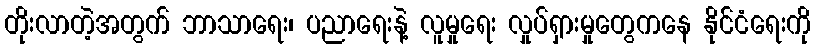
တိုးလာတဲ့အတွက် ဘာသာရေး၊ ပညာရေးနဲ့ လူမှုရေး လှုပ်ရှားမှုတွေကနေ နိုင်ငံရေးကို